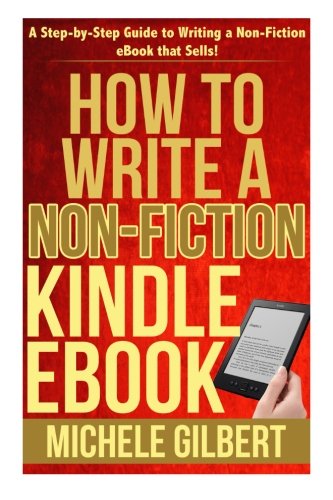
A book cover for How to Write a Non-Fiction Kindle eBook: A Step-by-Step Guide to Writing a Non-Fiction eBook that Sells! (Kindle Success, KDP, Amazon Kindle, Ebook, How to); Michele Gilbert; Self-Help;